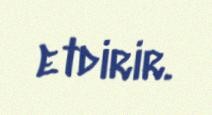
etdirir.